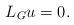
LaTeX: \begin{align*}L_{G}u=0.\end{align*}